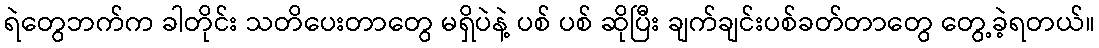
ရဲတွေဘက်က ခါတိုင်း သတိပေးတာတွေ မရှိပဲနဲ့ ပစ် ပစ် ဆိုပြီး ချက်ချင်းပစ်ခတ်တာတွေ တွေ့ခဲ့ရတယ်။